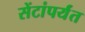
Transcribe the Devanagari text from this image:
सेंटांपर्यंत